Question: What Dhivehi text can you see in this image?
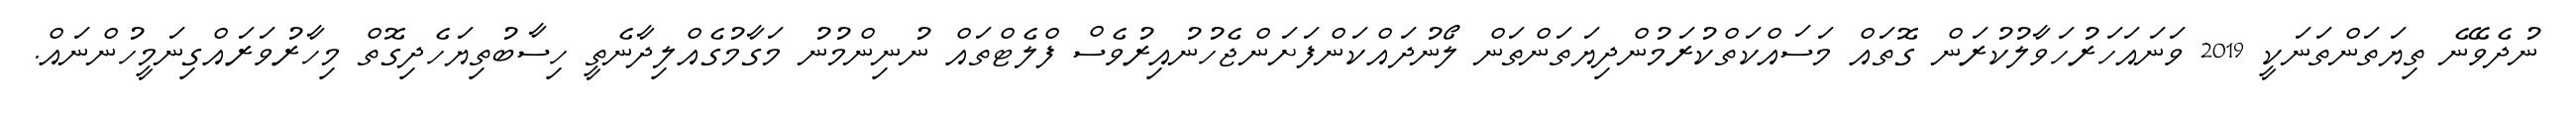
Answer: ނުދެވޭނެ ތިޔަތަންތަނަކީ 2019 ވަނައަހަރުހަވާލުކުރަން ގޮތައް މަސައްކަތްކުރަމުންދިޔަތަންތަން ލޯނުދައްކަންފަށަންޖެހުނުއިރުވެސް ފްލެޓްތައް ނުނިންމުނު މަގާމުގެއްލިދާނެތީ ހިސާބުތިޔަހެދިގޮތް މިހާރުވަރައްގިނަމީހުންނައް.